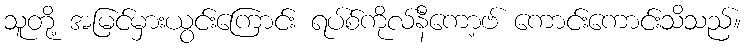
သူတို့ အမြင်မှားယွင်းကြောင်း ရပ်စ်ကိုလ်နီကော့ဗ် ကောင်းကောင်းသိသည်။